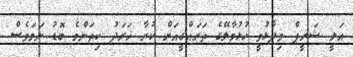
އަލީ ޝަރީފް ވިދާޅުވީ ހުޅުމާލޭގެ ތަރައްގީއަށް ކުރާ ޚަރަދު ކިތަންމެ ބޮޑު ނަމަވެސް